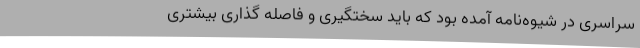
سراسری در شیوه‌نامه آمده بود که باید سختگیری و فاصله گذاری‌ بیشتری